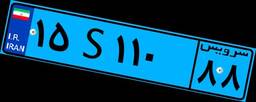
۱۵S۱۱۰۸۸